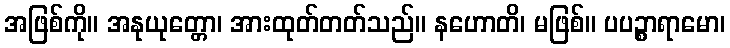
အဖြစ်ကို။ အနုယုတ္တော၊ အားထုတ်တတ်သည်။ နဟောတိ၊ မဖြစ်။ ပပဉ္စာရာမော၊